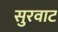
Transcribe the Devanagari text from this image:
सुरवाट